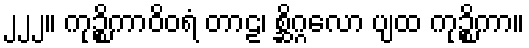
၂၂၂။ ကုဉ္စိကာဝိဝရံ တာဠ၊ စ္ဆိဂ္ဂလော ပျထ ကုဉ္စိကာ။